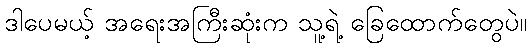
ဒါပေမယ့် အရေးအကြီးဆုံးက သူ့ရဲ့ ခြေထောက်တွေပဲ။